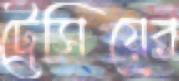
ট্রেসিয়ের